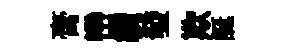
膏巒纜發欺誕